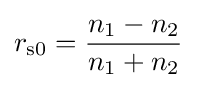
r_{\text{s0}}={\frac {n_{1}-n_{2}}{n_{1}+n_{2}}}